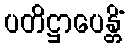
ပတိဋ္ဌာပေန္တိံ